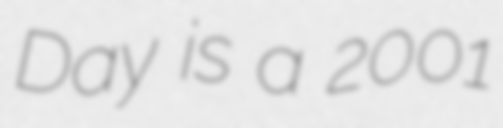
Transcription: Day is a 2001